Indian journal of veterinary science and animal husbandry - Volumes 24-25, 1954-1955
Year: 1954
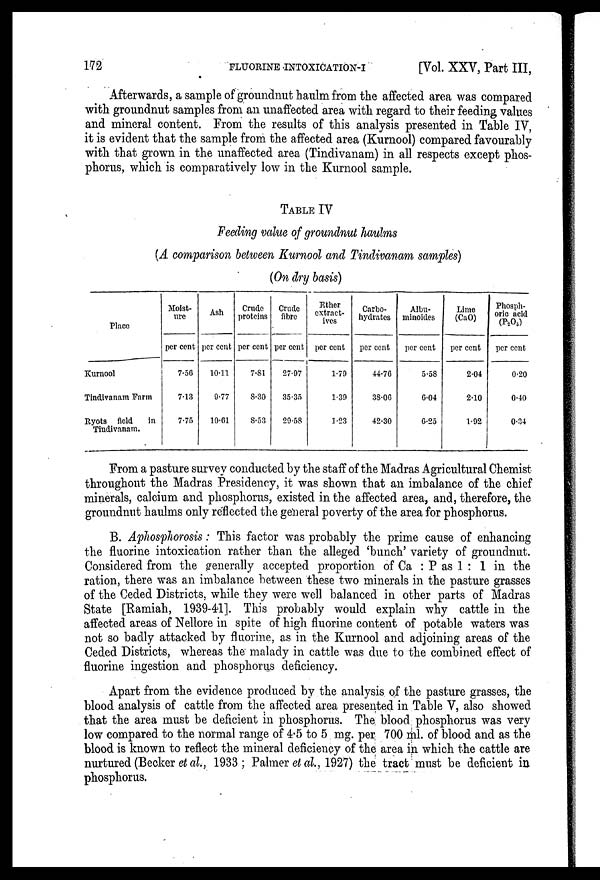
172
FLUORINE
INTOXICATION-I
[Vol. XXV, Part III,
Afterwards, a sample of groundnut haulm from the affected area was compared
with groundnut samples from an unaffected area with regard to their feeding values
and mineral content. From the results of this analysis presented in Table IV,
it is evident that the sample from the affected area (Kurnool) compared favourably
with that grown in the unaffected area (Tindivanam) in all respects except phos-
phorus, which is comparatively low in the Kurnool sample.
TABLE IV
Feeding value of groundnut haulms
(A comparison between Kurnool and Tindivanam samples)
(On dry basis)
Place
Kurnool
Tindivanam Farm
Ryots field
in
Tindivanam.
Moist-
ure
per cent
7.56
7.13
7.75
Ash
per cent
10.11
9.77
10.61
Crude
proteins
per cent
7.81
8.30
8.53
Crude
fibre
per cent
27.97
35.35
29.53
Ether
extract-
ives
per cent
1.79
1.39
1.23
Carbo-
hydrates
per cent
44.76
38.06
42.30
Albu-
minoides
per cent
5.58
6.04
0.25
Lime
(CaO)
per cent
2.04
2.10
1.92
Phosph-
oric acid
(P 2 O 5 )
per cent
0.20
0.40
0.34
From a pasture survey conducted by the staff of the Madras Agricultural Chemist
throughout the Madras Presidency, it was shown that an imbalance of the chief
minerals, calcium and phosphorus, existed in the affected area, and, therefore, the
groundnut haulms only reflected the general poverty of the area for phosphorus.
B. Aphosphorosis: This factor was probably the prime cause of enhancing
the fluorine intoxication rather than the alleged 'bunch' variety of groundnut.
Considered from the generally accepted proportion of Ca : P as 1 : 1 in the
ration, there was an imbalance between these two minerals in the pasture grasses
of the Ceded Districts, while they were well balanced in other parts of Madras
State [Ramiah, 1939-41]. This probably would explain why cattle in the
affected areas of Nellore in spite of high fluorine content of potable waters was
not so badly attacked by fluorine, as in the Kurnool and adjoining areas of the
Ceded Districts, whereas the malady in cattle was due to the combined effect of
fluorine ingestion and phosphorus deficiency.
Apart from the evidence produced by the analysis of the pasture grasses, the
blood analysis of cattle from the affected area presented in Table V, also showed
that the area must be deficient in phosphorus. The blood phosphorus was very
low compared to the normal range of 4.5 to 5 mg. per 700 ml. of blood and as the
blood is known to reflect the mineral deficiency of the area in which the cattle are
nurtured (Becker et al., 1933; Palmer et al., 1927) the tract must be deficient in
phosphorus.